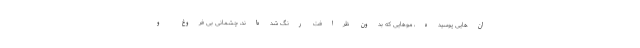
ان‌هایی پوسیده، موهایی که بدون ظرافت رنگ شده‌اند، چشمانی بی فروغ و